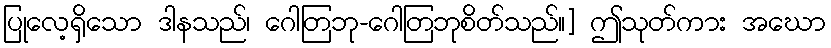
ပြုလေ့ရှိသော ဒါနသည်၊ ဂေါတြဘု-ဂေါတြဘုစိတ်သည်။] ဤသုတ်ကား အဃော